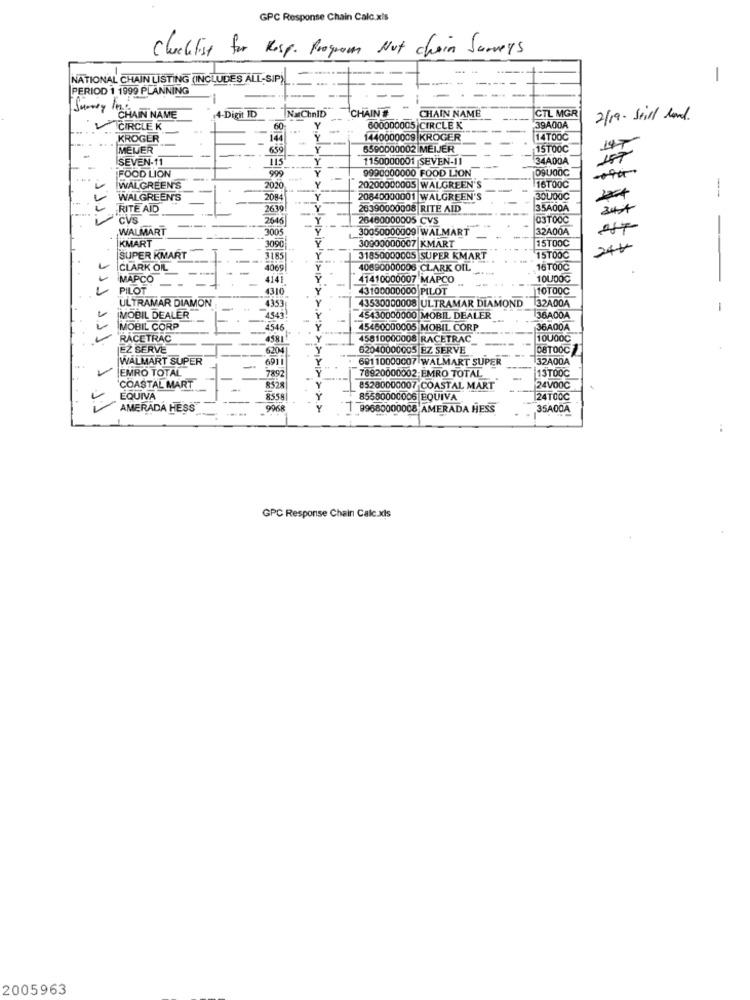
GPC Response Chain Calc.xls
checklist for Resp. Program Not chain Surveys
NATIONAL CHAIN LISTING (INCLUDES ALL-SIP))
-
PERIOD 1 1999 PLANNING
Sumary Inin
NMChnID
CHAINE
CHAIN NAME
I-Digit ID
CHAIN NAME
CTL MGR
2/19. Still land.
CIRCLE K
50
600000005 CIRCLE K
39A00A
KROGER
144
1440000009 KROGER
14TOOG
MELER
659
6590000002 MEIJER
15TO0C
147
SEVEN-11
115
1150000001 SEVEN-11
34ADDA
FOOD LION
999
9990000000 FOOD LION
09U00C
WALGREEN'S
2020
20200000005 WALGREEN'S
16TOOC
-
WALGREEN'S
2084
20840000001 WALGREEN'S
3OU00C
RITE AID
263
26390000008 RITE AID
35A00A
344
1111
CVS
2646
20480000005 CVS
03TOOC
WALMART
3005
30050000009 WALMART
32A00A
KMART
3090
30000000007 KMART
15TOOC
24h
SUPER KMART
3185
31850000005 SUPER KMART
15TOOC
CLARK OF
4069|
40690000008 CLARK OIL
16T00C
MAPCO
4141
41410000007 MAPCO
--
10LJ00℃
PILOT
4310
43100000000 PILOT
110100C
ULTRAMAR DIAMON
4353.
43530000008 ULTRAMAR DIAMOND
32A004
-
(MOBIL DEALER"
4543!
45430000000 MOBIL DEALER
36A00A
MOBIL CORP
4546
45460000005 MOBIL CORP
36A00A
RACETRAC
4581
45810000008 RACETRAC
10000℃
EZ SERVE
6204
62040000005 EZ SERVE
D8TO0C
WALMART SUPER
691 1
69110000007 WALMART SUPER
32A00A
EMRO TOTAL
7892
78920000002-EMRO TOTAL
111 11/ 1
13TOOC
COASTAL MART
8528
85280000007 COASTAL MART
24VOOC
EQUIVA
8558
85580000006 EQUIVA
24TO0C
11
AMERADA HESS
99KR
1 89680000008 AMERADA HESS
35A00A
GPC Response Chain Calc.xls
2005963